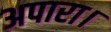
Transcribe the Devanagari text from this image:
अपारा।